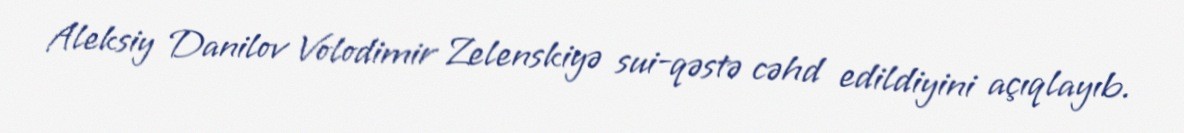
Aleksiy Danilov Volodimir Zelenskiyə sui-qəstə cəhd edildiyini açıqlayıb.